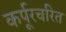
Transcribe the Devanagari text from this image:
कर्पूरचरित